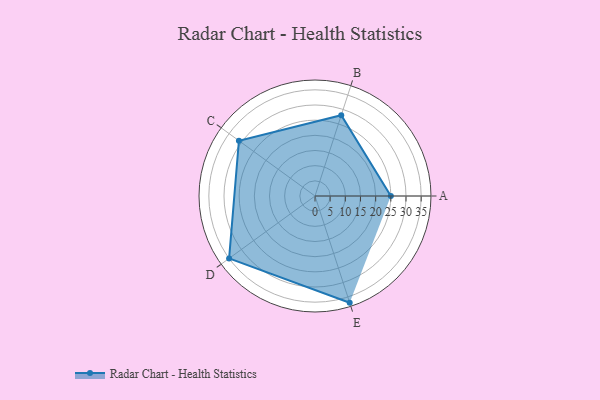
{"axis": {"x": "Skill", "y": "Score"}, "legend": ["Profile"], "data": [{"x": "A", "y": 25.0, "type": "Profile"}, {"x": "B", "y": 28.0, "type": "Profile"}, {"x": "C", "y": 31.0, "type": "Profile"}, {"x": "D", "y": 35.0, "type": "Profile"}, {"x": "E", "y": 37.0, "type": "Profile"}]}